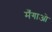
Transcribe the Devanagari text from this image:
मँगाओ